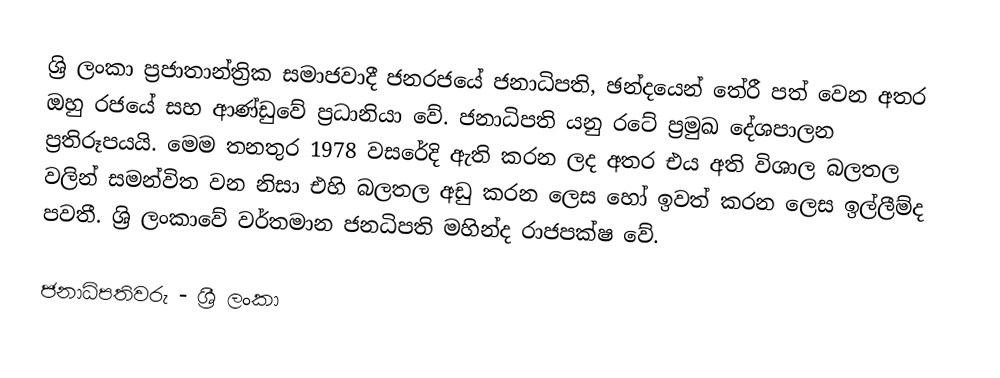
ශ්‍රි ලංකා ප්‍රජාතාන්ත්‍රික සමාජවාදී ජනරජයේ ජනාධිපති, ඡන්දයෙන් තේරී පත් වෙන අතර ඔහු රජයේ සහ ආණ්ඩුවේ ප්‍රධානියා වේ. ජනාධිපති යනු රටේ ප්‍රමුඛ දේශපාලන ප්‍රතිරූපයයි. මෙම තනතුර 1978 වසරේදි ඇති කරන ලද අතර එය අති විශාල බලතල වලින් සමන්විත වන නිසා එහි බලතල අඩු කරන ලෙස හෝ ඉවත් කරන ලෙස ඉල්ලීම්ද පවතී. ශ්‍රි ලංකාවේ වර්තමාන ජනධිපති  මහින්ද රාජපක්ෂ වේ.

ජනාධිපතිවරු - ශ්‍රී ලංකා